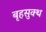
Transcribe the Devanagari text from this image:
बृहसुक्थ